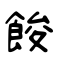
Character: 餕